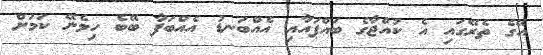
އޭގެ ތެރޭގައި އެ ކުއްޖާގެ ބައްޕައާއި އެއްބަނޑު އެއްބަފާ ބޭބެ ހިމެނޭ ކަމަށް